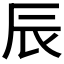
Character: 辰